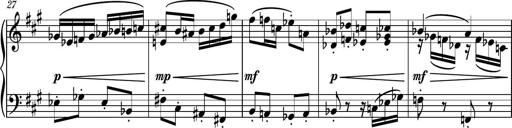
Title: Piano Sonatina No.6
Composer: Dimitri Sykias
Key: A major